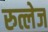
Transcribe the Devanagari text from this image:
रुत्लेज